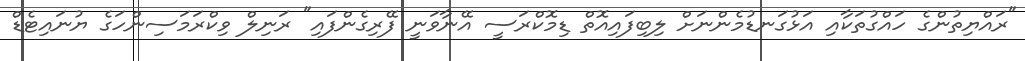
"ރައްޔިތުންގެ ހައްގުތަކާއި އަޅުގަނޑުމެންނަށް ލިބިފައިއޮތް ޑިމޮކްރަސީ އޭނާވަނީ ފޭރިގެންފައި" ރަނިލް ވިކްރަމަސިންހަގެ ޔުނައިޓެޑް